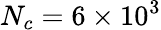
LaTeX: N_{c}=6\times 10^{3}